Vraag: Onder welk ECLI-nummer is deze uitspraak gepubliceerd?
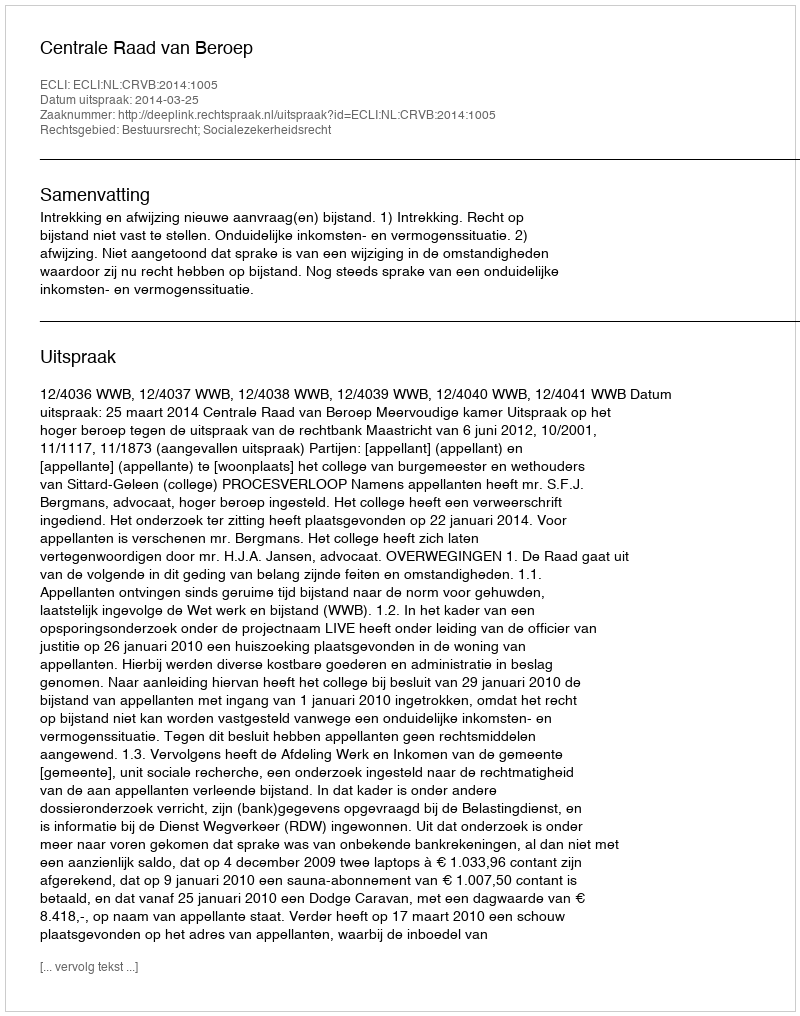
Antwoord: ECLI:NL:CRVB:2014:1005